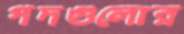
পদগুলোর